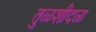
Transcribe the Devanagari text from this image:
तुळशीदळ